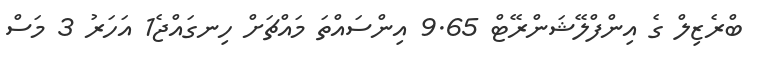
ބްރެޒިލް ގެ އިންފްލޭޝަންރޭޓް 9.65 އިންސައްތަ މައްޗަށް ހިނގައްޖެ1 އަހަރު 3 މަސް